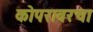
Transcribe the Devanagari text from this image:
कोपरावरचा